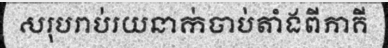
សរុបរាប់រយនាក់ចាប់តាំងពីភាគី